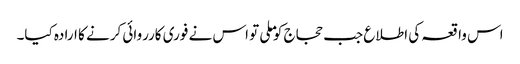
اس واقعہ کی اطلاع جب حجاج کو ملی تو اس نے فوری کارروائی کرنے کا ارادہ کیا۔